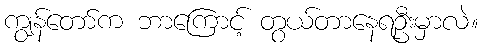
ကျွန်တော်က ဘာကြောင့် တွယ်တာနေရဦးမှာလဲ။